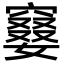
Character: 䆯